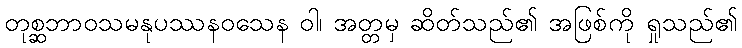
တုစ္ဆဘာဝသမနုပဿနဝသေန ဝါ၊ အတ္တမှ ဆိတ်သည်၏ အဖြစ်ကို ရှုသည်၏